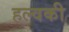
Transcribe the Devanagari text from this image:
हल्वकी